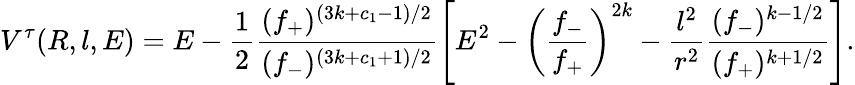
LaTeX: V^{\tau}(R,l,E)=E-\frac{1}{2}\frac{(f_{+})^{(3k+c_{1}-1)/2}}{(f_{-})^{(3k+c_{1}+1)/2}}\left[E^{2}-\left(\frac{f_{-}}{f_{+}}\right)^{2k}-\frac{l^{2}}{r^{2}}\frac{(f_{-})^{k-1/2}}{(f_{+})^{k+1/2}}\right].